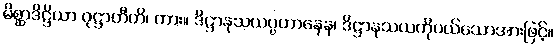
မိစ္ဆာဒိဋ္ဌိယာ ဝုဋ္ဌာတီတိ၊ ကား။ ဒိဋ္ဌာနုသယပ္ပဟာနေန၊ ဒိဋ္ဌာနုသယကိုပယ်သောအားဖြင့်။